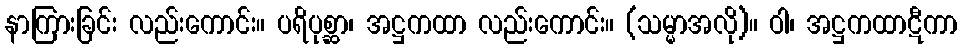
နာကြားခြင်း လည်းကောင်း။ ပရိပုစ္ဆာ၊ အဋ္ဌကထာ လည်းကောင်း။ (သမ္မာအလို)။ ဝါ၊ အဋ္ဌကထာဋီကာ